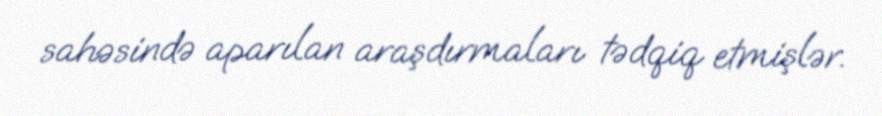
sahəsində aparılan araşdırmaları tədqiq etmişlər.